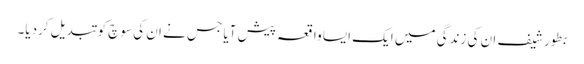
بطور شیف ان کی زندگی میں ایک ایسا واقعہ پیش آیا جس نے ان کی سوچ کو تبدیل کردیا۔